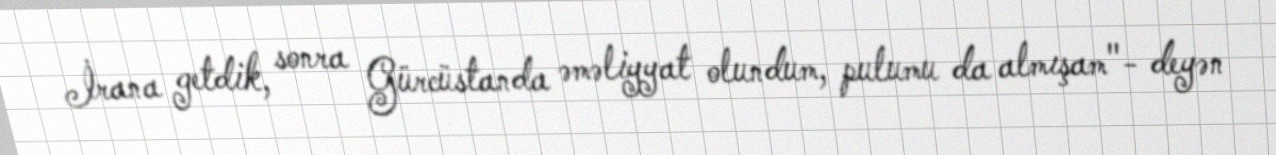
İrana getdik, sonra Gürcüstanda əməliyyat olundum, pulumu da almışam"- deyən